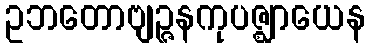
ဥဘတောဗျဉ္ဇနကုပဇ္ဈာယေန